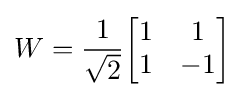
W={\frac {1}{\sqrt {2}}}{\begin{bmatrix}1&1\\1&-1\end{bmatrix}}